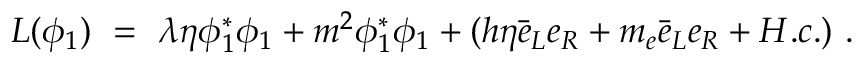
{ \cal L } ( \phi _ { 1 } ) ~ = ~ \lambda \eta \phi _ { 1 } ^ { * } \phi _ { 1 } + m ^ { 2 } \phi _ { 1 } ^ { * } \phi _ { 1 } + ( h \eta \bar { e } _ { L } e _ { R } + m _ { e } \bar { e } _ { L } e _ { R } + H . c . ) \ .